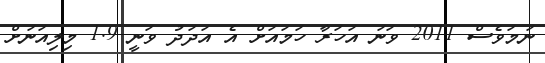
ނަމަވެސް 2011 ވަނަ އަހަރާ ހަމައަށް އެ އަދަދު ވަނީ 1.9 މިލިއަނަށް